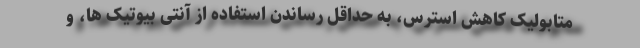
متابولیک کاهش استرس، به حداقل رساندن استفاده از آنتی بیوتیک ها، و